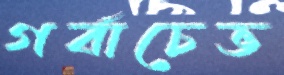
গর্বাচেভ